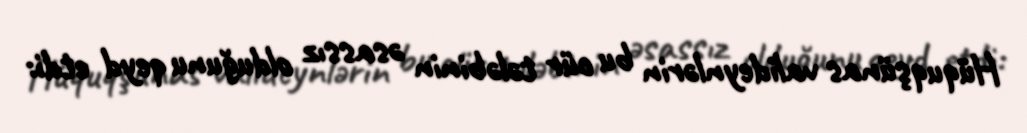
Hüquqşünas valideynlərin bu cür tələbinin əsassız olduğunu qeyd etdi: